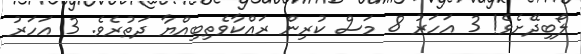
ލޯބިދޭށެވެ! 3 އަހަރު 8 މަސް ކުރިން ރައްކާވެތިބިއްޔާ ދަތުރެވެ. 3 އަހަރު